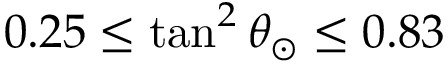
0 . 2 5 \le \tan ^ { 2 } \theta _ { \odot } \le 0 . 8 3